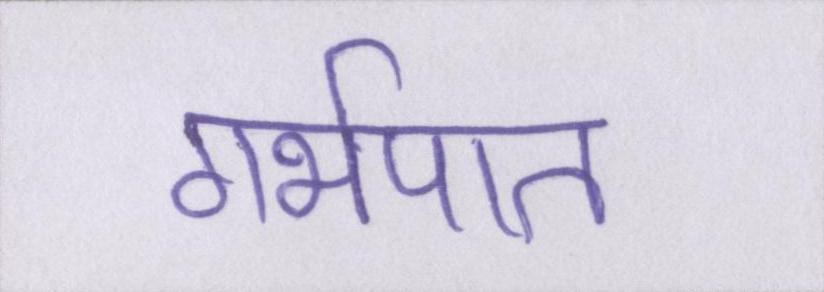
गर्भपात